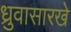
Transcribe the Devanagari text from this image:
ध्रुवासारखे